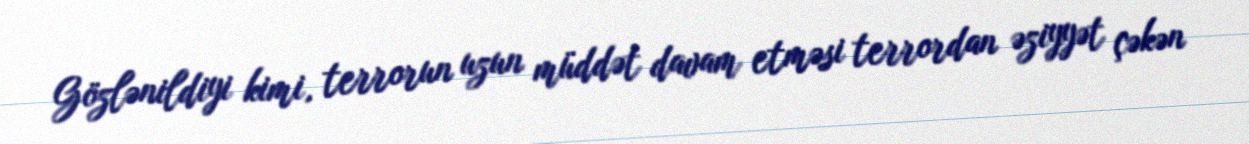
Gözlənildiyi kimi, terrorun uzun müddət davam etməsi terrordan əziyyət çəkən